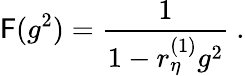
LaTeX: \mathsf{F}(g^{2})=\frac{1}{{1-r_{\eta}^{(1)}g^{2}}}\ .